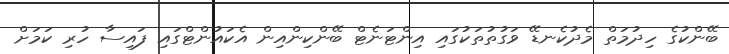
ބޭންކުގެ ހިދުމަތް މެދުކެނޑޭ ވަގުތުތަކުގައި އިންޓަނެޓް ބޭންކިންއިން އެކައުންޓްގައި ފައިސާ ހުރި ކަމަށް